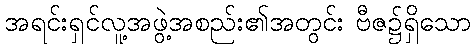
အရင်းရှင်လူ့အဖွဲ့အစည်း၏အတွင်း ဗီဇ၌ရှိသော